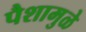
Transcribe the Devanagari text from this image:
पैशामुळे